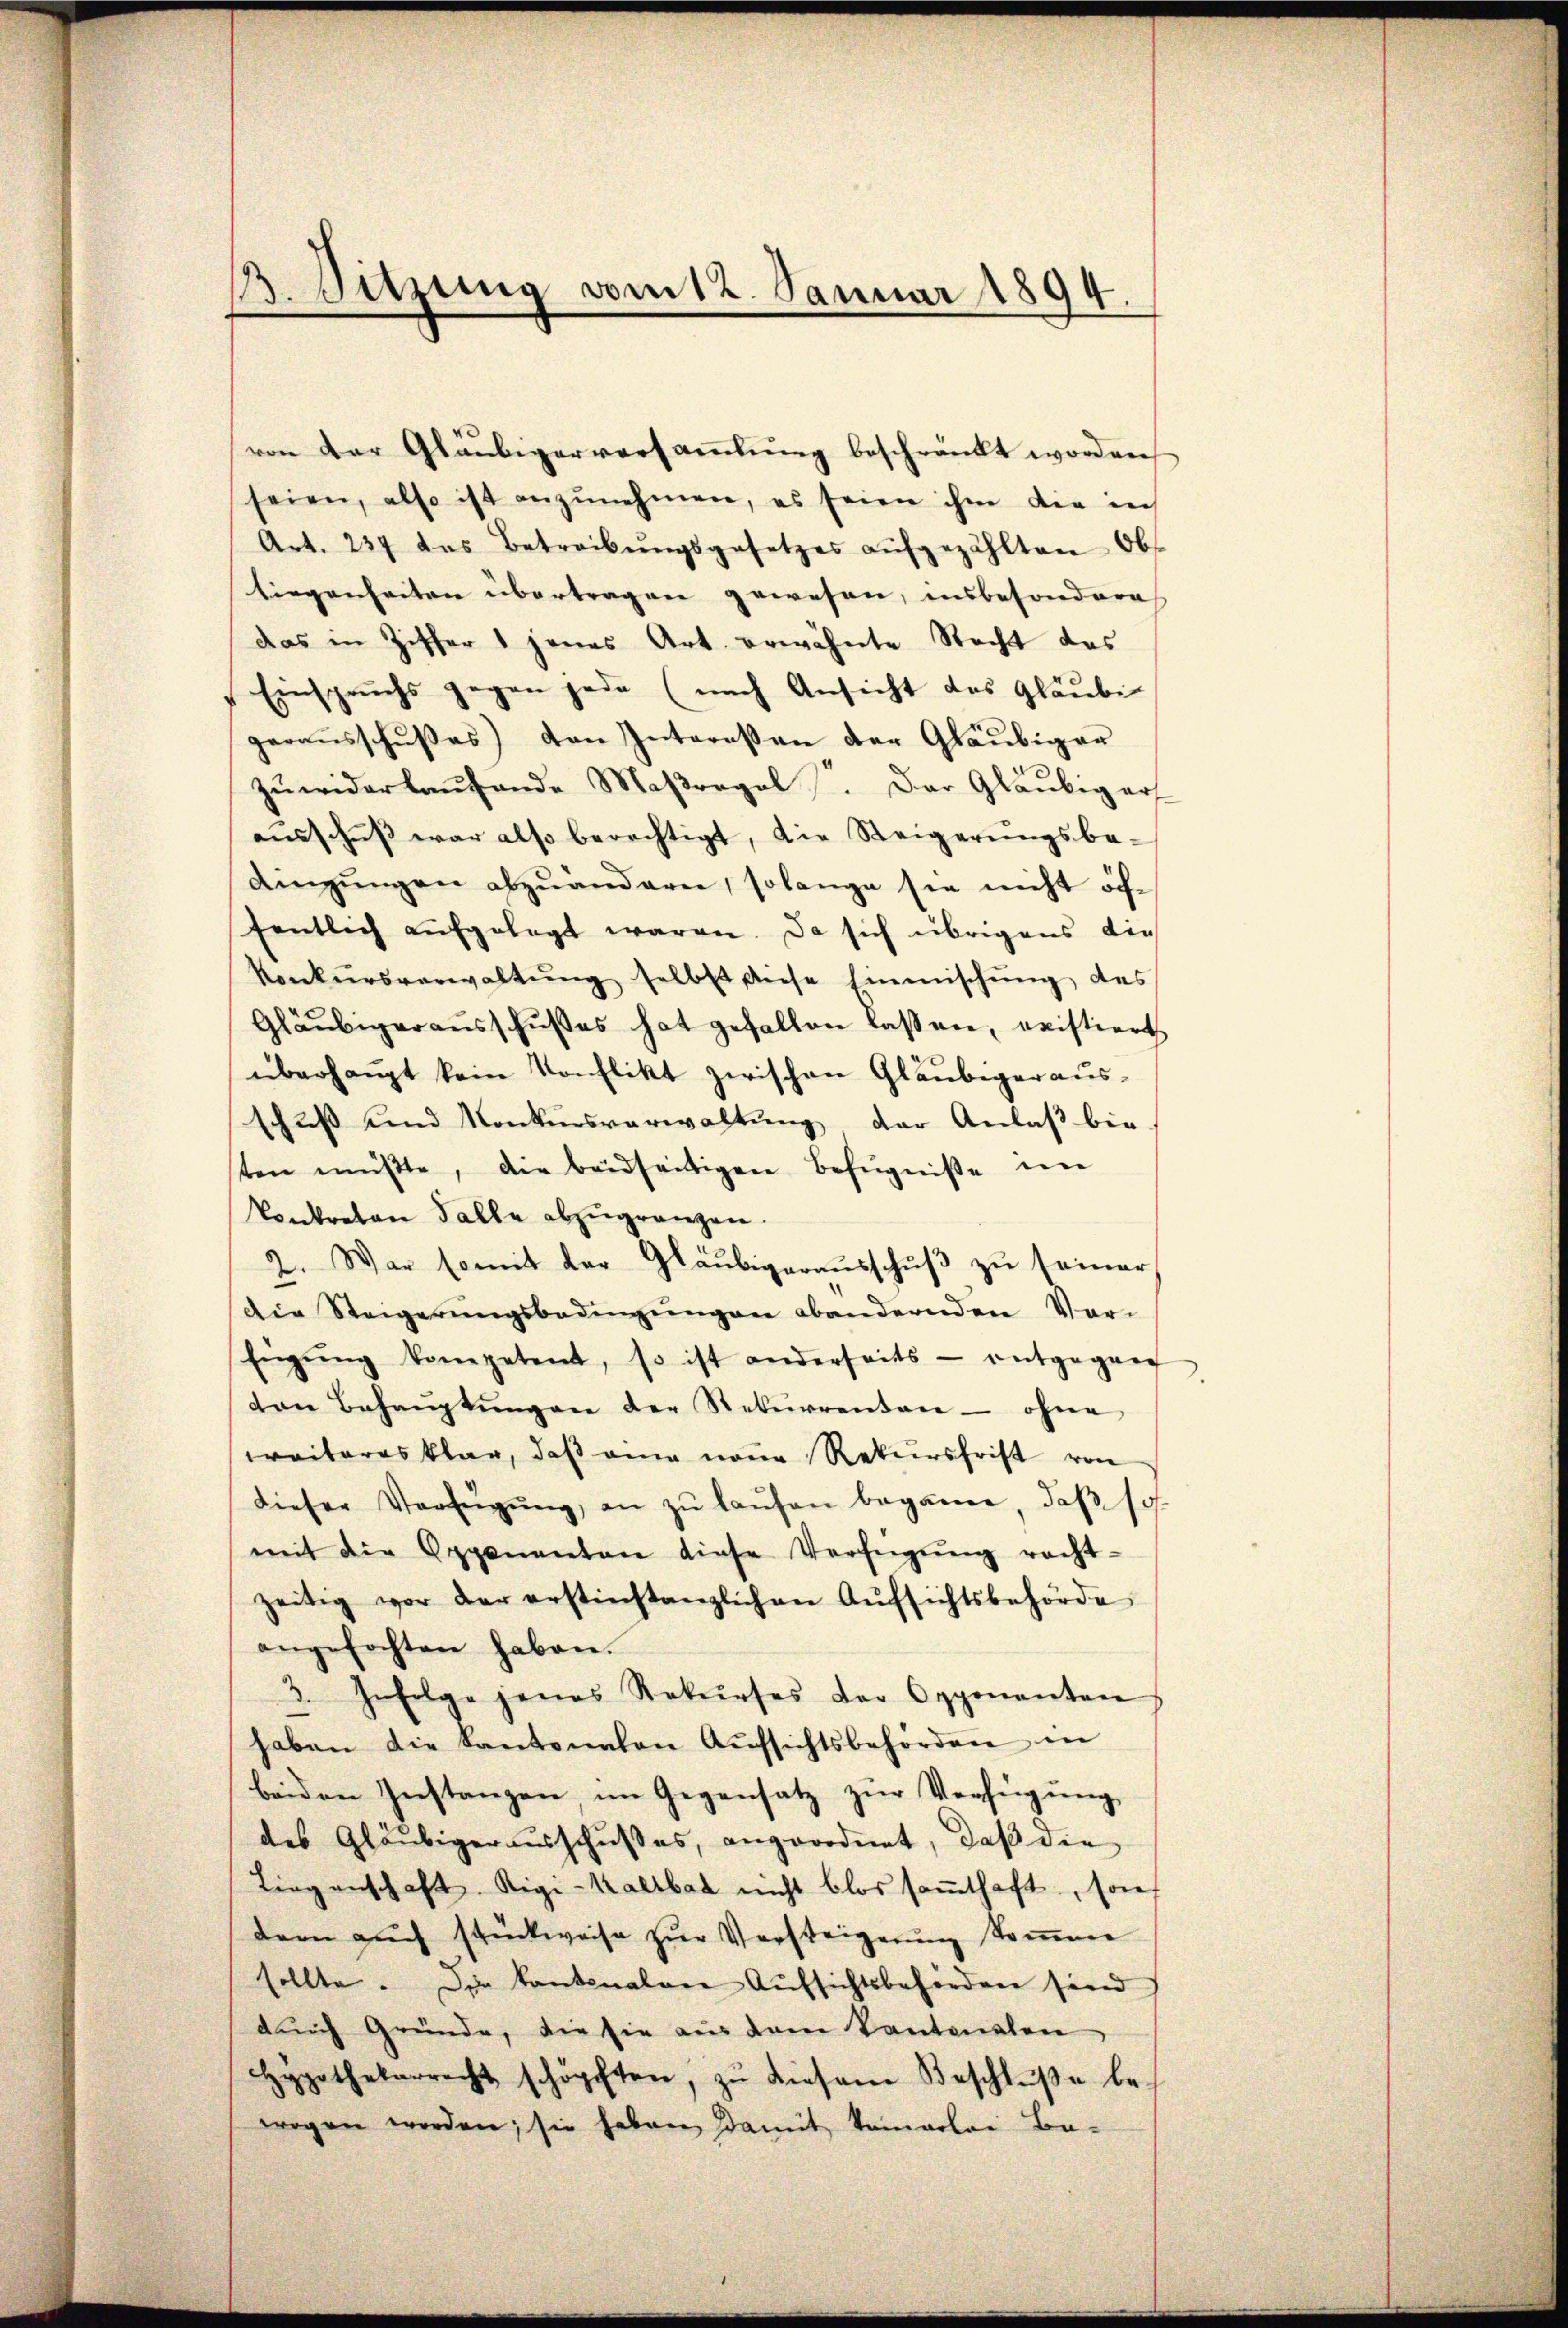
B. Sitzung vom 12. Januar 1894.

von der Gläubigerversammlung beschränkt worden
seien, also ist anzŭnehmen, es seien ihm die in
Art. 237 das Betreibŭngsgesetzes aŭfgezählten Obs
liegenheiten übertragen gewesen, insbesondere
das in Ziffer 1 jenes Art erwähnte Stacht das
Einspruchs gegen jede (nach Ansicht des Gläubi
garaŭsschŭβes) von Interessen der Gläubiger
zŭwiderlaufende Maßregel. Der Gläubigers
aŭsschŭβ war also berechtigt, die Steigerŭngsbe-
Angŭngen abzŭanderen, solange sie nicht öffentlich aufgelegt waren. Da sich übrigens die
Konkŭrsverwaltŭng selbst diese Einmischung des
Gläubigeraŭsschußes hat gefallen lassen, eristiert
überhaupt kein Konflikt zwischen Gläubiger ausschuß und Konkursverwaltŭng der Anlaß bie-
ten müβte, die beidseitigen Befugniße im
Contreten Falle abzŭgränzen.
2. War somit der Gläubigeraŭsschŭβ zŭ seiner
Die Steigerŭngsbedingŭngen abandernden Vor-
Engŭng kompetent, so ist anderseits - entgegan
von Behaŭptŭngen der Rekurrenten - ohne
waiteres klar, daß am neue Rekursfrist von
dieser Verfügŭng, an zŭ laŭfen beganne, daβ soh
mit die Opponenten diese Verfügŭng recht-
zeitig vor der erstinstanzlichen Aŭfsichtsbehörde
angefochten haben.
3. Gefolge jenes Rekurses der Opponanten
haben die Kantonalen Aŭfsichtsbehörden in
beiden Instanzen, im Gegensatz zur Verfügung
des Gläubigerausschußes, angeordnet, daß die
Liegenschaft. Rigi-Kaltbar nicht blos saṁthaft, son
dern auch stückweise zŭr Versteigerung koṁen
sollte. Die kantonalen Aŭfsichtsbehörden sind
durch Gründe, die sie aus dem Kantonalen
Hypothekarrecht schöpften, zŭ diesem Beschlŭβe be-
wogen worden; sie haben Damit Tomarlei Ba-